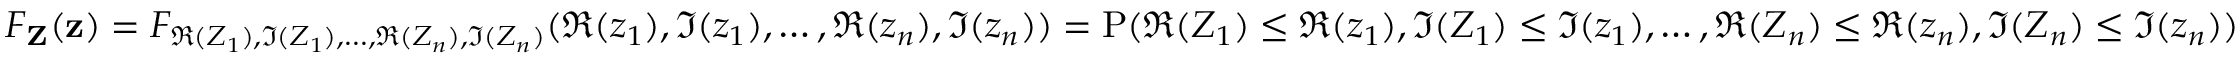
F _ { \mathbf { Z } } ( \mathbf { z } ) = F _ { \Re { ( Z _ { 1 } ) } , \Im { ( Z _ { 1 } ) } , \ldots , \Re { ( Z _ { n } ) } , \Im { ( Z _ { n } ) } } ( \Re { ( z _ { 1 } ) } , \Im { ( z _ { 1 } ) } , \ldots , \Re { ( z _ { n } ) } , \Im { ( z _ { n } ) } ) = \operatorname { P } ( \Re { ( Z _ { 1 } ) } \leq \Re { ( z _ { 1 } ) } , \Im { ( Z _ { 1 } ) } \leq \Im { ( z _ { 1 } ) } , \ldots , \Re { ( Z _ { n } ) } \leq \Re { ( z _ { n } ) } , \Im { ( Z _ { n } ) } \leq \Im { ( z _ { n } ) } )